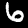
Label: 6